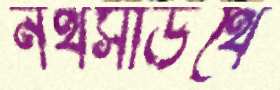
নর্থসাউথে